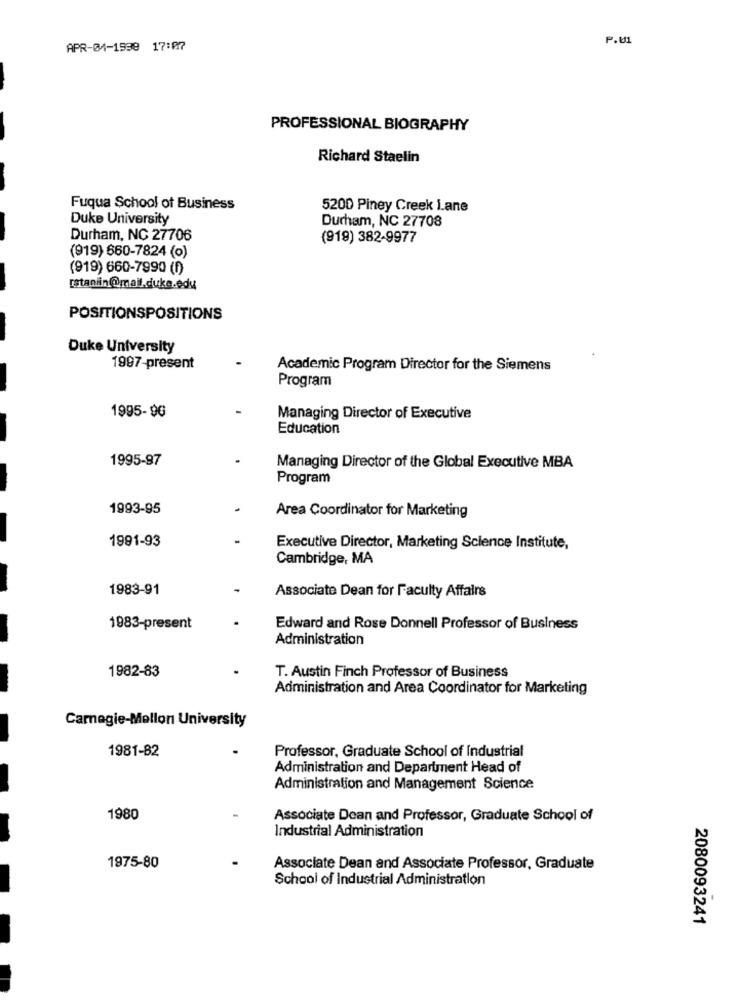
P.U1
APR-04-1938 17:07
PROFESSIONAL BIOGRAPHY
Richard Staelin
Fuqua School of Business
5200 Piney Creek Lane
Duke University
Durham, NC 27708
Durham, NC 27706
(919) 382-9977
(919) 660-7824 (0)
(919) 660-7990 (1)
rstaniin@mail.duka.edu
POSITIONSPOSITIONS
Duke University
1997-present
Academic Program Director for the Siemens
Program
1995-9G
Managing Director of Executive
Education
1995-97
Managing Director of the Global Executive MBA
Program
1993-95
Area Coordinator for Marketing
1991-93
Executive Director, Marketing Science Institute,
Cambridge, MA
1983-91
Associate Dean for Faculty Affairs
1983-present
Edward and Rose Donnell Professor of Business
Administration
1982-83
T. Austin Finch Professor of Business
Administration and Area Coordinator for Marketing
Carnegie-Mellon University
1981-82
Professor, Graduate School of Industrial
Administration and Department Head of
Administration and Management Science
1980
Associate Dean and Professor, Graduate School of
Industrial Administration
1975-80
Associate Dean and Associate Professor, Graduate
School of Industrial Administration
2080093241